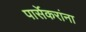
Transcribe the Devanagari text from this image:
पार्सेकरांना